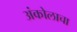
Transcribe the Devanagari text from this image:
अंकोलाचा